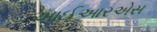
આઈઆરએસ